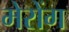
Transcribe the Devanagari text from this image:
मेरोंग